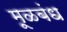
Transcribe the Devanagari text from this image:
मूळबंध